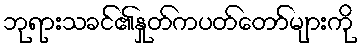
ဘုရားသခင်၏နှုတ်ကပတ်တော်များကို